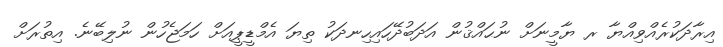
އިރާދަކުރެއްވިއްޔާ ރ ޔާމީނަށް ނުޙައްޤުން އަދަބުދޭހައިހިނދަކު ތިޔަ އެމްޑީޕީއަށް ހަމަޖެހުން ނުލިބޭނެ. އިތުރަށް